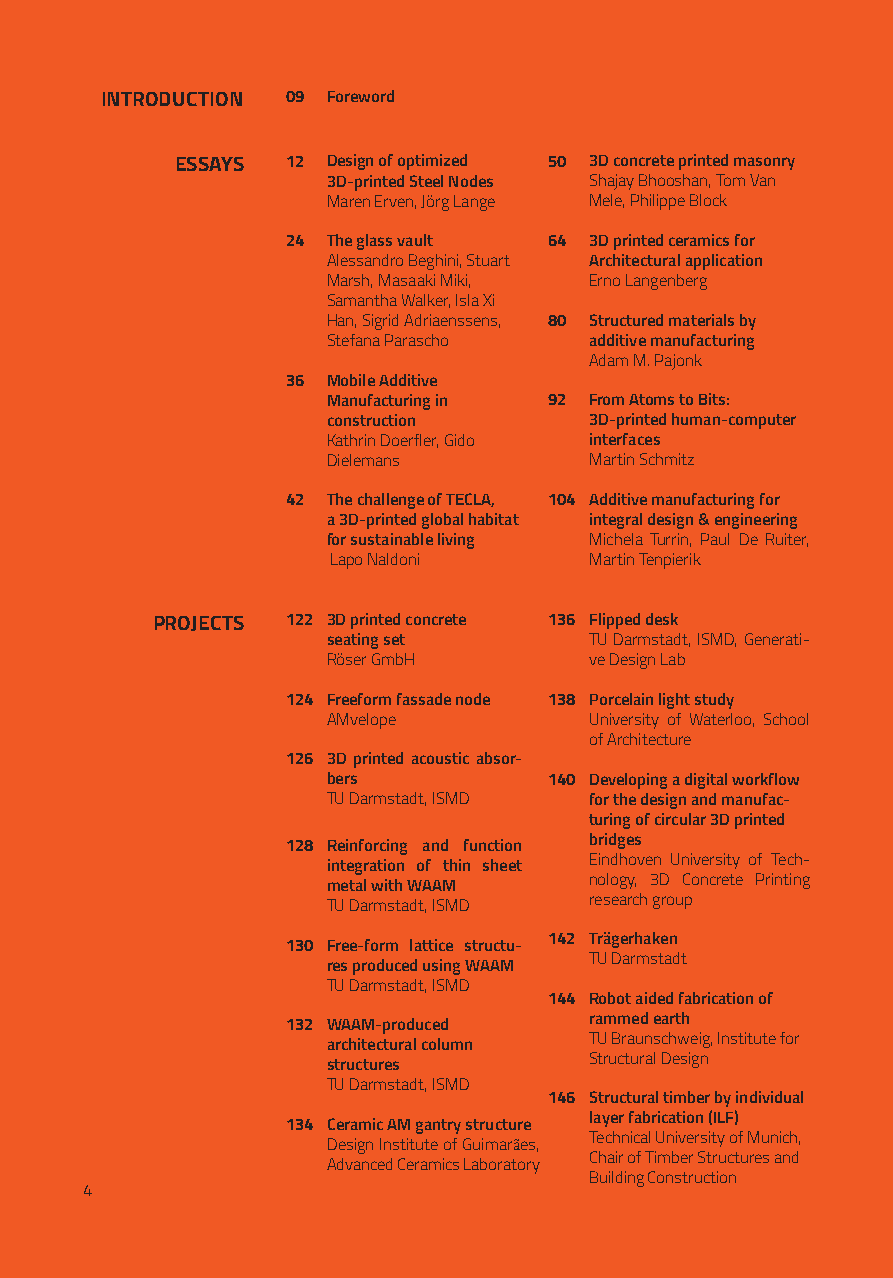
INTRODUCTION 09 Foreword
 ESSAYS 12 Design of optimized 50 3D concrete printed masonry
 3D-printed Steel Nodes Shajay Bhooshan, Tom Van
 Maren Erven, Jörg Lange Mele, Philippe Block
 24 The glass vault 64 3D printed ceramics for
 Alessandro Beghini, Stuart Architectural application
 Marsh, Masaaki Miki, Erno Langenberg
 Samantha Walker, Isla Xi
 Han, Sigrid Adriaenssens, 80 Structured materials by
 Stefana Parascho additive manufacturing
 Adam M. Pajonk
 36 Mobile Additive
 Manufacturing in 92 From Atoms to Bits:
 construction     3D-printed human-computer
 Kathrin Doerfler, Gido interfaces
 Dielemans        Martin Schmitz
 42 The challenge of TECLA, 104 Additive manufacturing for
 a 3D-printed global habitat integral design & engineering
 for sustainable living Michela Turrin, Paul De Ruiter,
 Lapo Naldoni     Martin Tenpierik
 PROJECTS 122 3D printed concrete 136 Flipped desk
 seating set      TU Darmstadt, ISMD, Generati-
 Röser GmbH       ve Design Lab
 124 Freeform fassade node 138 Porcelain light study
 AMvelope         University of Waterloo, School
 of Architecture
 126 3D printed acoustic absor-
 bers          140 Developing a digital workflow
 TU Darmstadt, ISMD for the design and manufac-
 turing of circular 3D printed
 bridges
 128 Reinforcing and function
 Eindhoven University of Tech-
 integration of thin sheet
 nology, 3D Concrete Printing
 metal with WAAM
 research group
 TU Darmstadt, ISMD
 142 Trägerhaken
 130 Free-form lattice structu-
 TU Darmstadt
 res produced using WAAM
 TU Darmstadt, ISMD
 144 Robot aided fabrication of
 rammed earth
 132 WAAM-produced
 TU Braunschweig, Institute for
 architectural column
 Structural Design
 structures
 TU Darmstadt, ISMD
 146 Structural timber by individual
 layer fabrication (ILF)
 134 Ceramic AM gantry structure
 Design Institute of Guimarães, Technical University of Munich,
 Chair of Timber Structures and
 Advanced Ceramics Laboratory
 Building Construction
 4